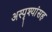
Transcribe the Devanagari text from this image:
अस्पृश्यांसह